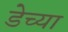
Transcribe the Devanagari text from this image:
डेच्या